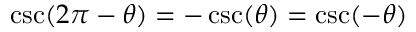
\csc ( 2 \pi - \theta ) = - \csc ( \theta ) = \csc ( - \theta )